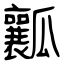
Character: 瓤